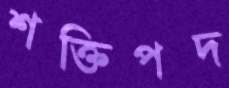
শক্তিপদ